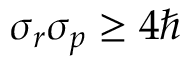
\sigma _ { r } \sigma _ { p } \geq 4 \hbar